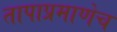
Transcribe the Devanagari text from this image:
तापाप्रमाणेच